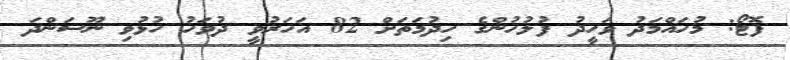
ފޮޓޯ: މުހައްމަދު ވަހީދު ފުލުހުންގެ ހިދުމަތަށް 82 އަހަރުވީ ދުވަހު ހުޅުވި ނޫސަންދަ